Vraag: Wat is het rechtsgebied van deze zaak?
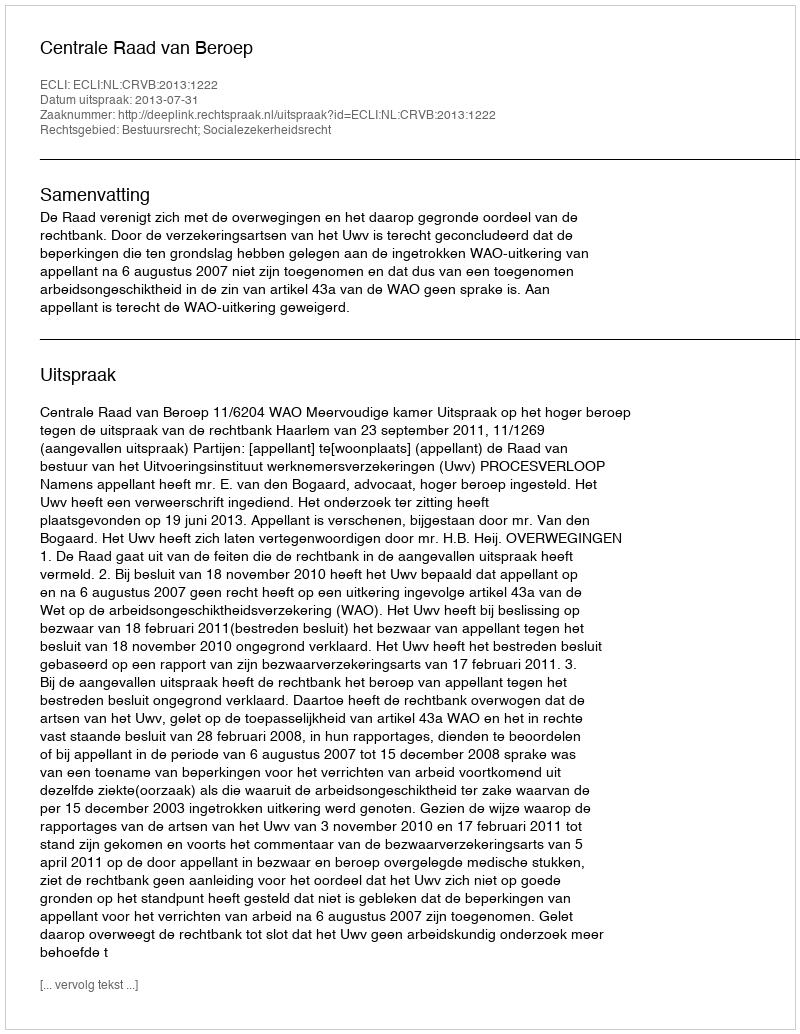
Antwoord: Bestuursrecht; Socialezekerheidsrecht